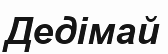
Дедімай